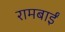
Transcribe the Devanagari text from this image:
रामबाईं